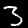
Label: 3